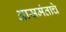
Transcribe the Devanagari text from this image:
आसमंताचे